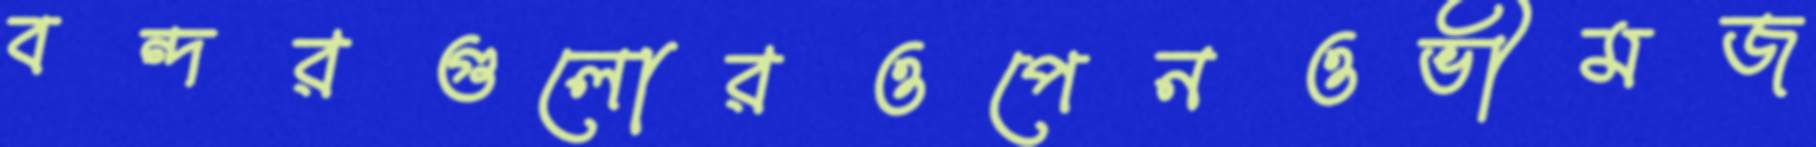
বন্দরগুলোরওপেনওভীমজ